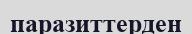
паразиттерден